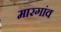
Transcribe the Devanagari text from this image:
मारगांव